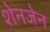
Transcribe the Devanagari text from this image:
शेनजेन